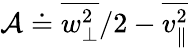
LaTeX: \mathcal{A}\doteq\overline{{w_{\perp}^{2}}}/2-\overline{{v_{\parallel}^{2}}}